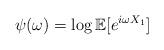
LaTeX: \begin{align*}\psi (\omega)=\log \mathbb{E}[e^{i\omega X_1}]\end{align*}